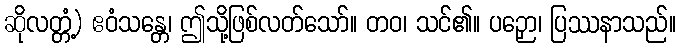
ဆိုလတ္တံ့) ဧဝံသန္တေ၊ ဤသို့ဖြစ်လတ်သော်။ တဝ၊ သင်၏။ ပဉှော၊ ပြဿနာသည်။